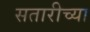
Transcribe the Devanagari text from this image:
सतारीच्या